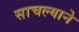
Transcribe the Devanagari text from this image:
साचल्याने